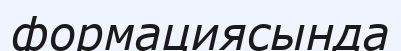
формациясында